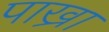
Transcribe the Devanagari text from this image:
पाख्रा